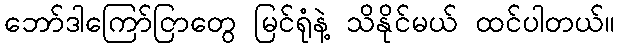
ဘော်ဒါကြော်ငြာတွေ မြင်ရုံနဲ့ သိနိုင်မယ် ထင်ပါတယ်။